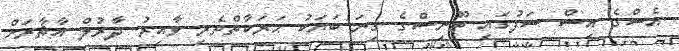
އެސްގެ އިސް ސަފުގައި ތޫނިސްގެ ގިނަ ބަޔަކު ޙަރަކާތްތެރި ވާއިރު ދާރުލް އާޘާރަށް